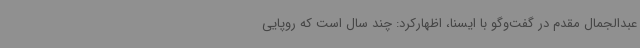
عبدالجمال مقدم در گفت‌وگو با ایسنا، اظهارکرد: چند سال است که روپایی